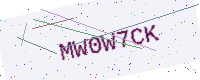
Text: MW0W7CK